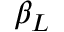
\beta _ { L }